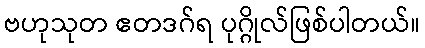
ဗဟုသုတ ဧတဒဂ်ရ ပုဂ္ဂိုလ်ဖြစ်ပါတယ်။